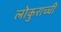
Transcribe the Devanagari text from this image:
लोकुराच्ची